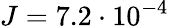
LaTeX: J=7.2\cdot 10^{-4}